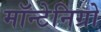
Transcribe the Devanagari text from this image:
मॉन्टेनिग्रो